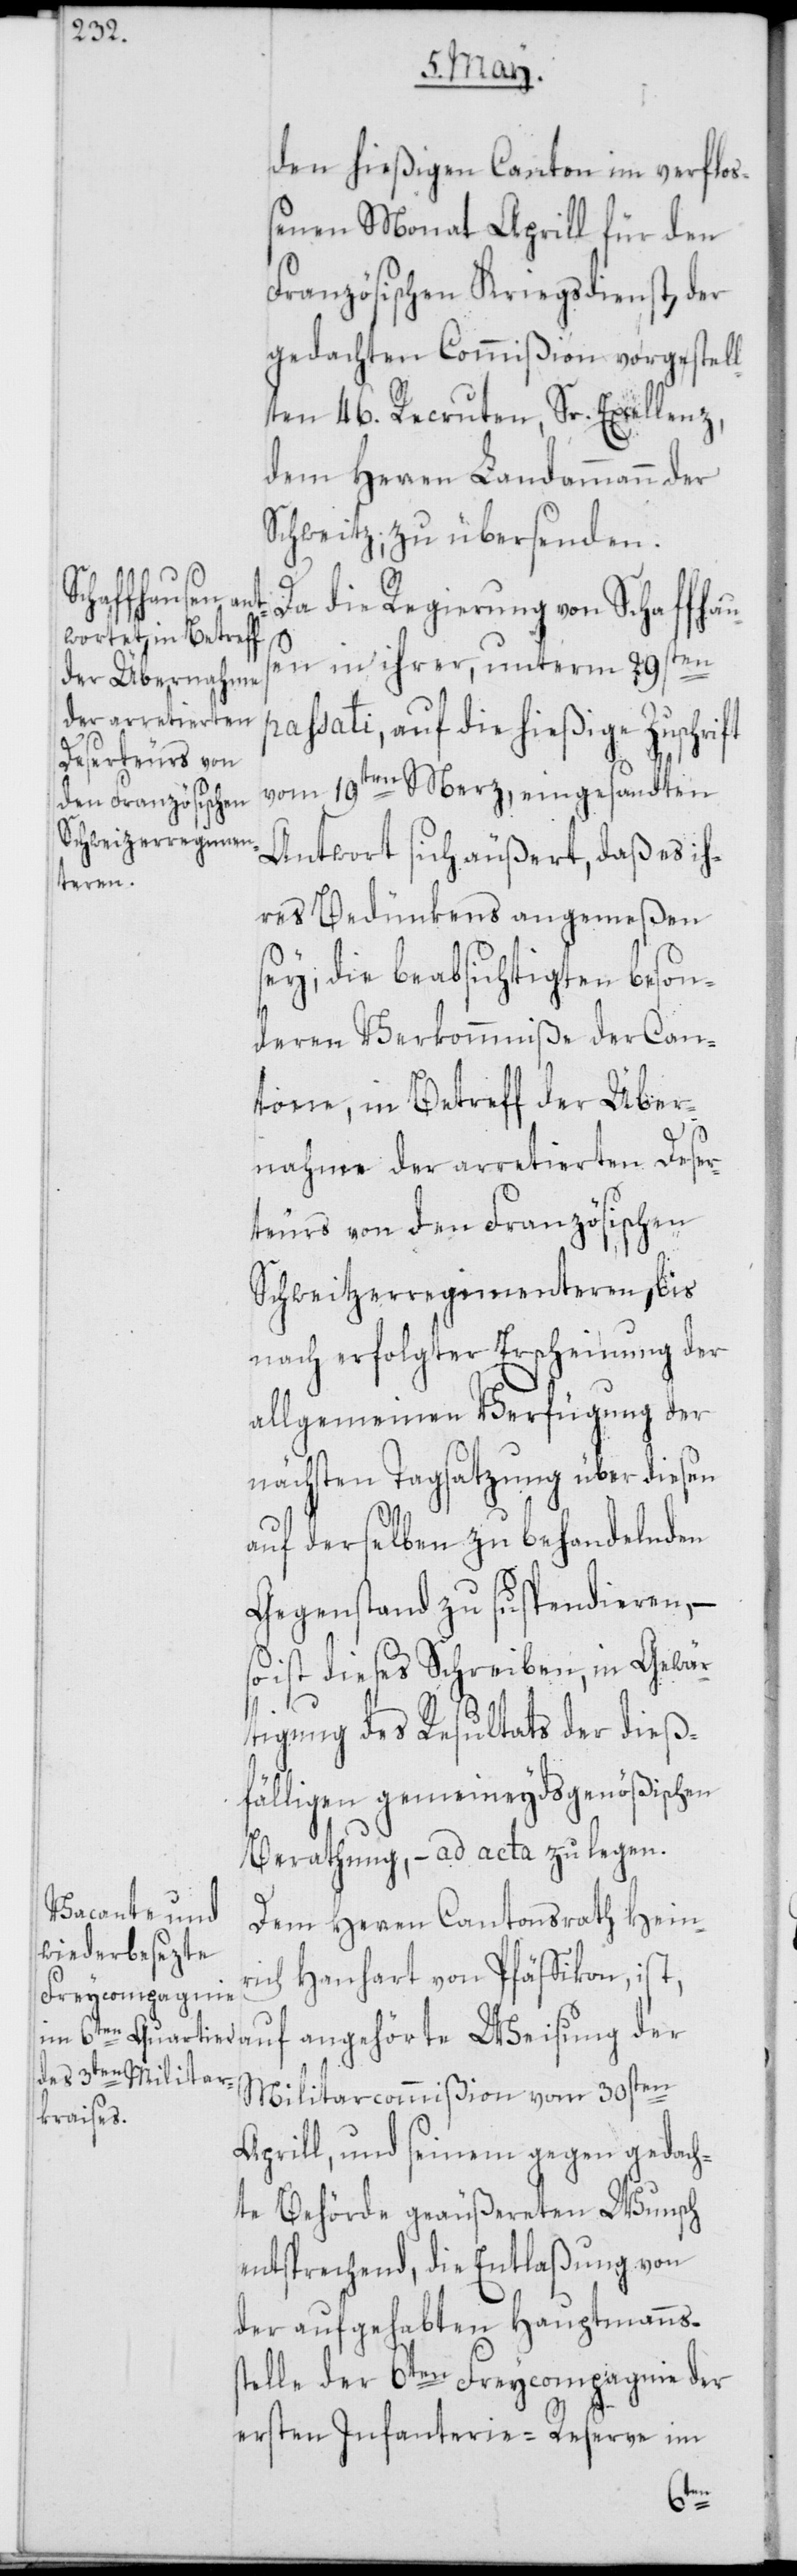
den hießigen Canton im verflo¬
ßenen Monat Aprill für den
Französischen Kriegsdienst, der
gedachten Commißion vorgestel¬
lten 46. Recruten, Sr. Excellenz,
dem Herren Landammann der
Schweitz, zu übersenden.
Da die Regierung von Schaffhau¬
sen in ihrer, unterm 29sten
passati, auf die hießige Zuschrift
vom 19ten Merz, eingesandten
Antwort sich äußert, daß es ih¬
res Bedünkens angemeßen
sey, die beabsichtigten beson¬
deren Verkommniße der Can¬
tone, in Betreff der Über¬
nahme der arretierten Deser¬
teurs von den Französischen
Schweitzerregimenteren, bis
nach erfolgter Erscheinung der
allgemeinen Verfügung der
nächsten Tagsatzung über diesen
auf derselben zu behandelnden
Gegenstand zu suspendieren, –
so ist dieses Schreiben, in Gewär¬
tigung des Resultats der dieß¬
fälligen gemeineydsgenößischen
Berathung, – ad acta zu legen.
Dem Herren Cantonsrath Heinr¬
ich Hanhart von Pfäffikon, ist,
auf angehörte Weisung der
Militaircommißion vom 30sten
Aprill, und seinem gegen gedach¬
te Behörde geäußerten Wunsch
entsprechend, die Entlaßung von
der aufgehabten Hauptmannss¬
telle der 6ten Freycompagnie der
ersten Infanterie-Reserve